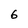
Character: 6